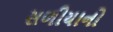
સળીયાનો